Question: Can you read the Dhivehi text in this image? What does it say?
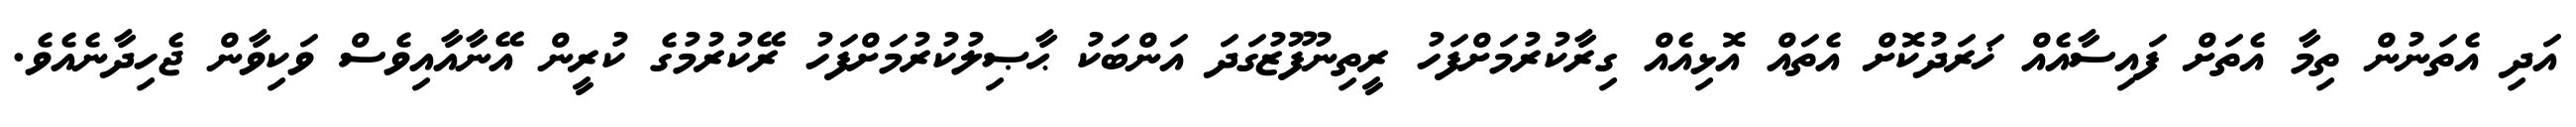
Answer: އަދި އެތަނުން ތިމާ އެތަށް ފައިސާއެއް ޚަރަދުކޮށް އެތައް އޮޅިއެއް ގިރާކުރުމަށްފަހު ރީތިނުފޫޒުގަދަ އަންބަކު ޙާޞިލުކުރުމަށްފަހު ރޭކުރުމުގެ ކުރީން އޭނާއާއިވެސް ވަކިވާން ޖެހިދާނެއެވެ.